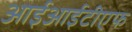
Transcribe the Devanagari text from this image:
आईआईटीएफ